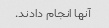
آنها انجام دادند.